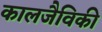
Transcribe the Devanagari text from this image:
कालजैविकी